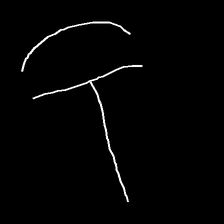
Glyph: dispersion